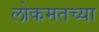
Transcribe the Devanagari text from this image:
लोकमतच्या